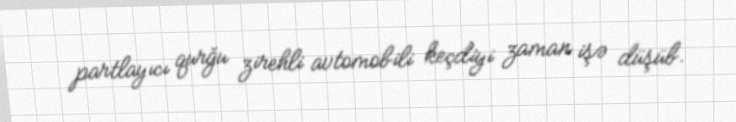
partlayıcı qurğu zirehli avtomobili keçdiyi zaman işə düşüb.